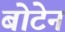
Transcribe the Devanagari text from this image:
बोटेन